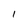
Character: 1